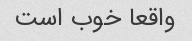
واقعا خوب است